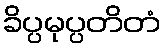
ခိပ္ပမုပ္ပတိတံ